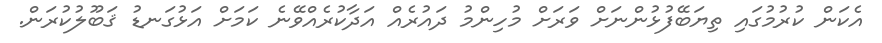
އެކަން ކުރުމުގައި ތިޔަބޭފުޅުންނަށް ވަރަށް މުހިންމު ދައުރެއް އަދާކުރެއްވޭނެ ކަމަށް އަޅުގަނޑު ޤަބޫލުކުރަން.